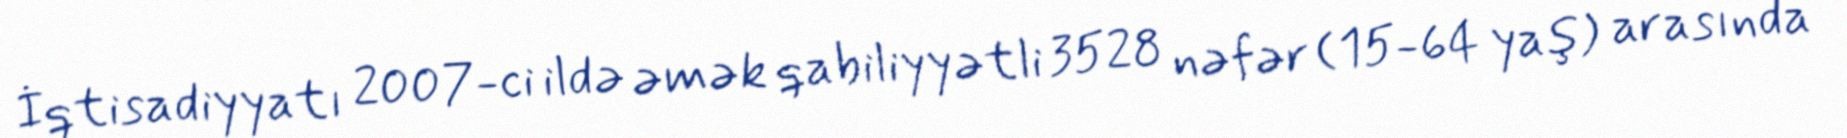
İqtisadiyyatı 2007-ci ildə əmək qabiliyyətli 3528 nəfər (15-64 yaş) arasında